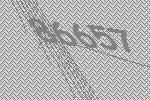
86657